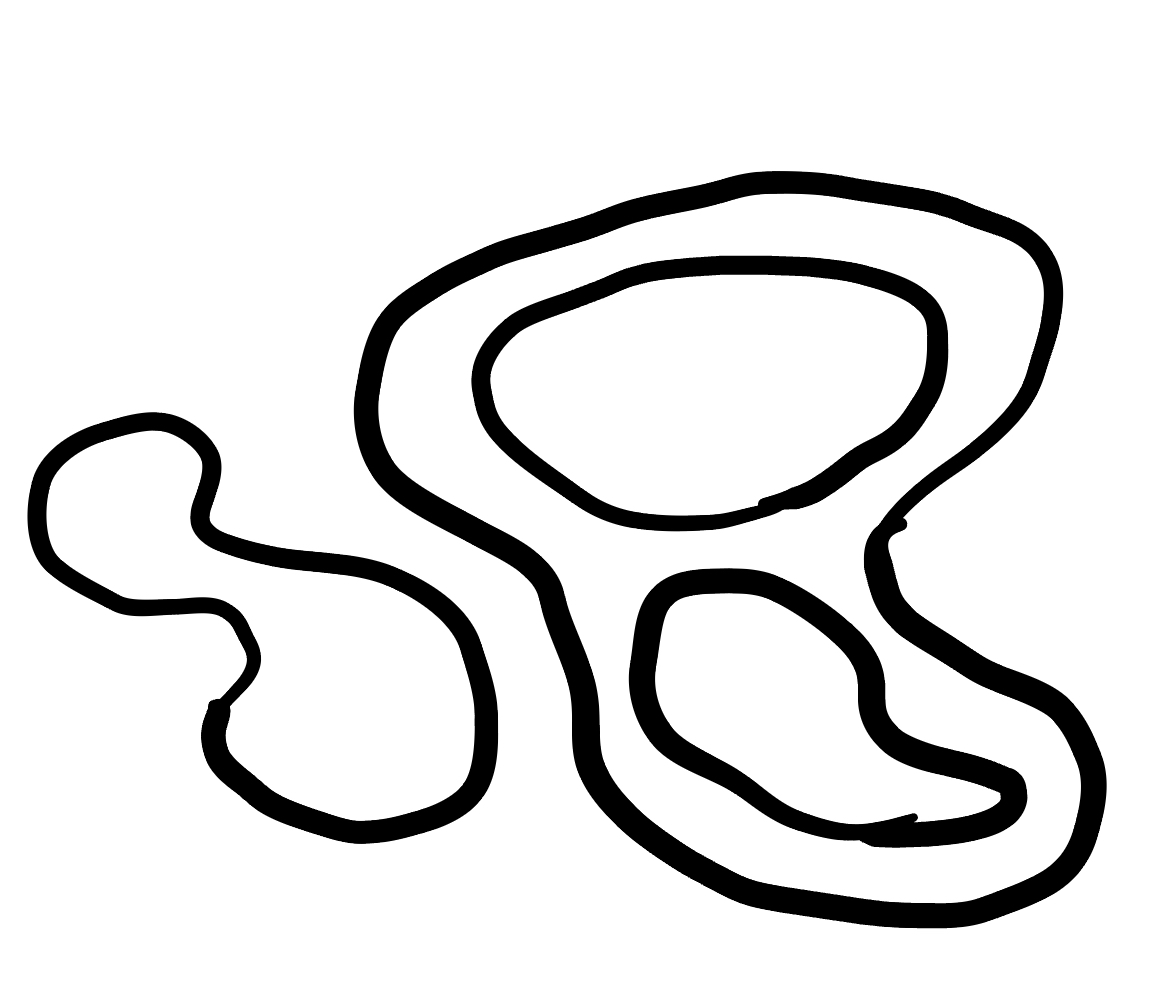
Number of regions (including the outer root region): 5
Containment tree edges (parent, child): 0, 1, 0, 2, 2, 3, 2, 4